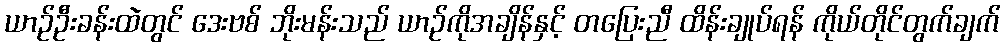
ယာဉ်ဦးခန်းထဲတွင် ဒေးဗစ် ဘိုးမန်းသည် ယာဉ်ကိုအချိန်နှင့် တပြေးညီ ထိန်းချုပ်ရန် ကိုယ်တိုင်တွက်ချက်